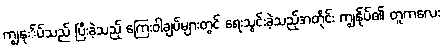
ကျွနု်ပ်သည် ပြီးခဲ့သည့် ကြေးဝါချပ်များတွင် ရေးသွင်းခဲ့သည့်အတိုင်း ကျွနု်ပ်၏ တူကလေး